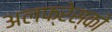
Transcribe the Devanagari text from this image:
अलफ्रेस्को